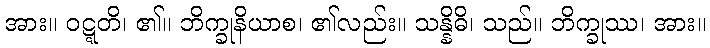
အား။ ဝဋ္ဋတိ၊ ၏။ ဘိက္ခုနိယာစ၊ ၏လည်း။ သန္နိဓိ၊ သည်။ ဘိက္ခုဿ၊ အား။